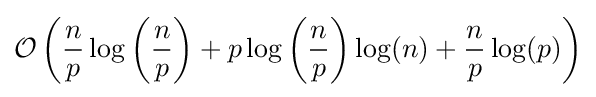
{\mathcal {O}}\left({\frac {n}{p}}\log \left({\frac {n}{p}}\right)+p\log \left({\frac {n}{p}}\right)\log(n)+{\frac {n}{p}}\log(p)\right)